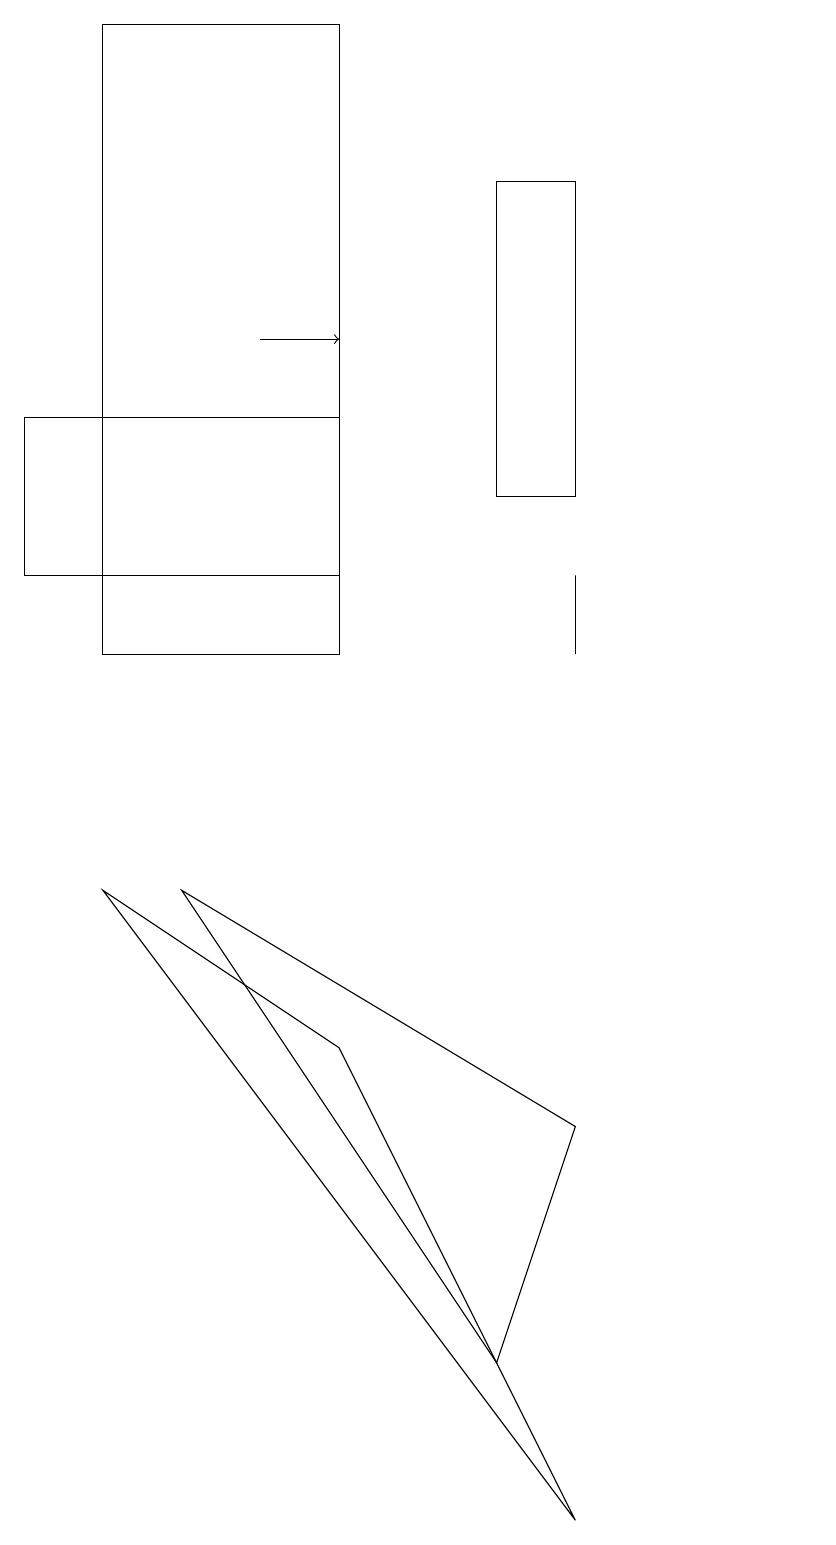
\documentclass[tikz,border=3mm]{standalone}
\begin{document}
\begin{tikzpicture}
\draw[->] (3,15) -- (4,15);
\draw (6,17) rectangle (7,13);
\draw (4,14) rectangle (0,12);
\draw (4,6) -- (7,0) -- (1,8) -- cycle;
\draw (7,11) rectangle (7,12);
\draw (10,10) circle (0);
\draw (1,11) rectangle (4,19);
\draw (2,8) -- (7,5) -- (6,2) -- cycle;
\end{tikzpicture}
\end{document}